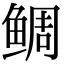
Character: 鲷